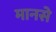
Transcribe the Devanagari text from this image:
मानसे